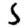
Digit: 5